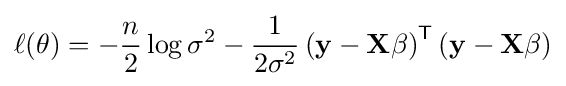
\ell (\mathbf {\theta } )=-{\frac {n}{2}}\log \sigma ^{2}-{\frac {1}{2\sigma ^{2}}}\left(\mathbf {y} -\mathbf {X} \mathbf {\beta } \right)^{\mathsf {T}}\left(\mathbf {y} -\mathbf {X} \mathbf {\beta } \right)